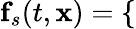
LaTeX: \mathbf{f}_{s}(t,\mathbf{x})=\left\{ \begin{array}{ll}\end{array}\right.